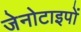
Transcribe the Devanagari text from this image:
जेनोटाइपों